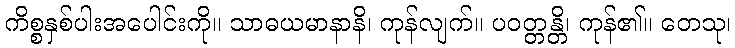
ကိစ္စနှစ်ပါးအပေါင်းကို။ သာဓယမာနာနိ၊ ကုန်လျက်။ ပဝတ္တန္တိ၊ ကုန်၏။ တေသု၊